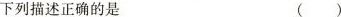
下列描述正确的是 ()